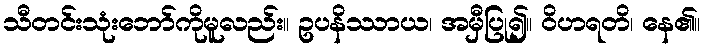
သီတင်းသုံးဘော်ကိုမူလည်း။ ဥပနိဿာယ၊ အမှီပြု၍။ ဝိဟရတိ၊ နေ၏။